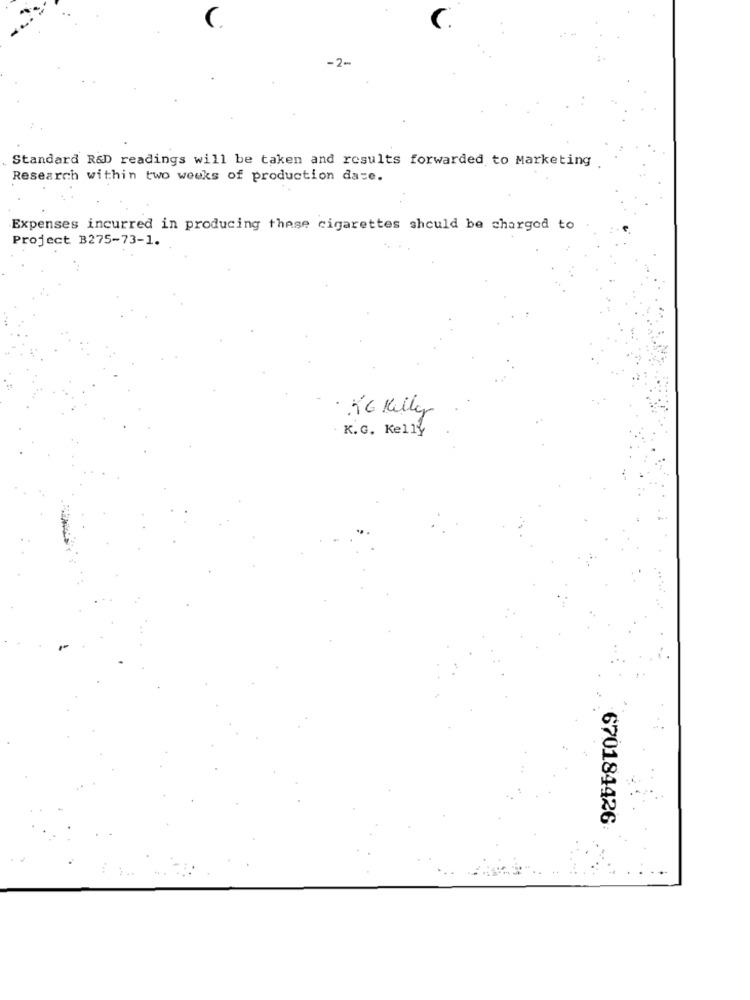
C
-2-
Standard R&D readings will be taken and results forwarded to Marketing
Research within two weeks of production daze.
Expenses incurred in producing these cigarettes should be charged to
Project B275-73-1.
KG Kelly
K.G. Kelly
670184426